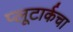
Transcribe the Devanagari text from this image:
प्लूटार्कचा